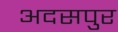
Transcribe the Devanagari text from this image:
अदसपुर